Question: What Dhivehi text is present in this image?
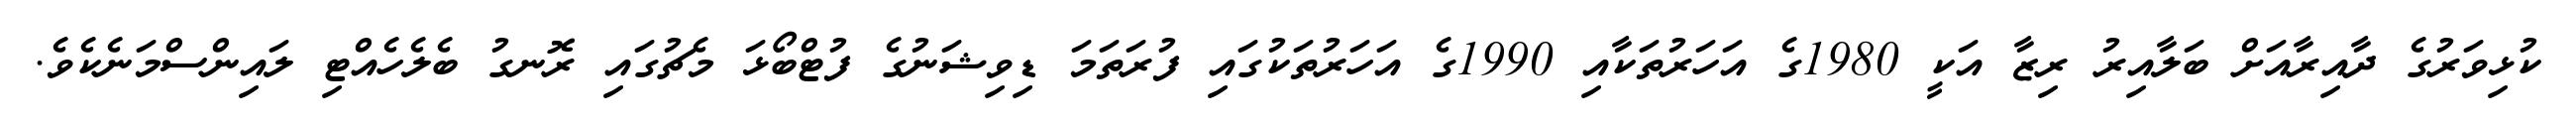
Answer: ކުޅިވަރުގެ ދާއިރާއަށް ބަލާއިރު ރިޒާ އަކީ 1980ގެ އަހަރުތަކާއި 1990ގެ އަހަރުތަކުގައި ފުރަތަމަ ޑިވިޝަނުގެ ފުޓްބޯޅަ މެޗުގައި ރޮނގު ބެލެހެއްޓި ލައިންސްމަނެކެވެ.